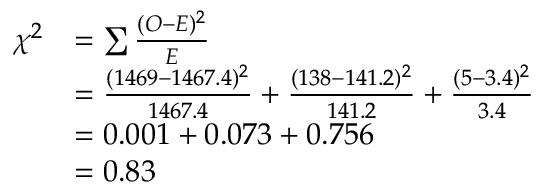
{ \begin{array} { r l } { \chi ^ { 2 } } & { = \sum { \frac { ( O - E ) ^ { 2 } } { E } } } \\ & { = { \frac { ( 1 4 6 9 - 1 4 6 7 . 4 ) ^ { 2 } } { 1 4 6 7 . 4 } } + { \frac { ( 1 3 8 - 1 4 1 . 2 ) ^ { 2 } } { 1 4 1 . 2 } } + { \frac { ( 5 - 3 . 4 ) ^ { 2 } } { 3 . 4 } } } \\ & { = 0 . 0 0 1 + 0 . 0 7 3 + 0 . 7 5 6 } \\ & { = 0 . 8 3 } \end{array} }